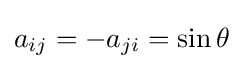
a_{ij}=-a_{ji}=\sin \theta